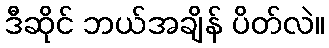
ဒီဆိုင် ဘယ်အချိန် ပိတ်လဲ။